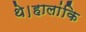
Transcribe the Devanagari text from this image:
थे।हालांकि